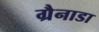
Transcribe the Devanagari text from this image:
ग्रैनाडा